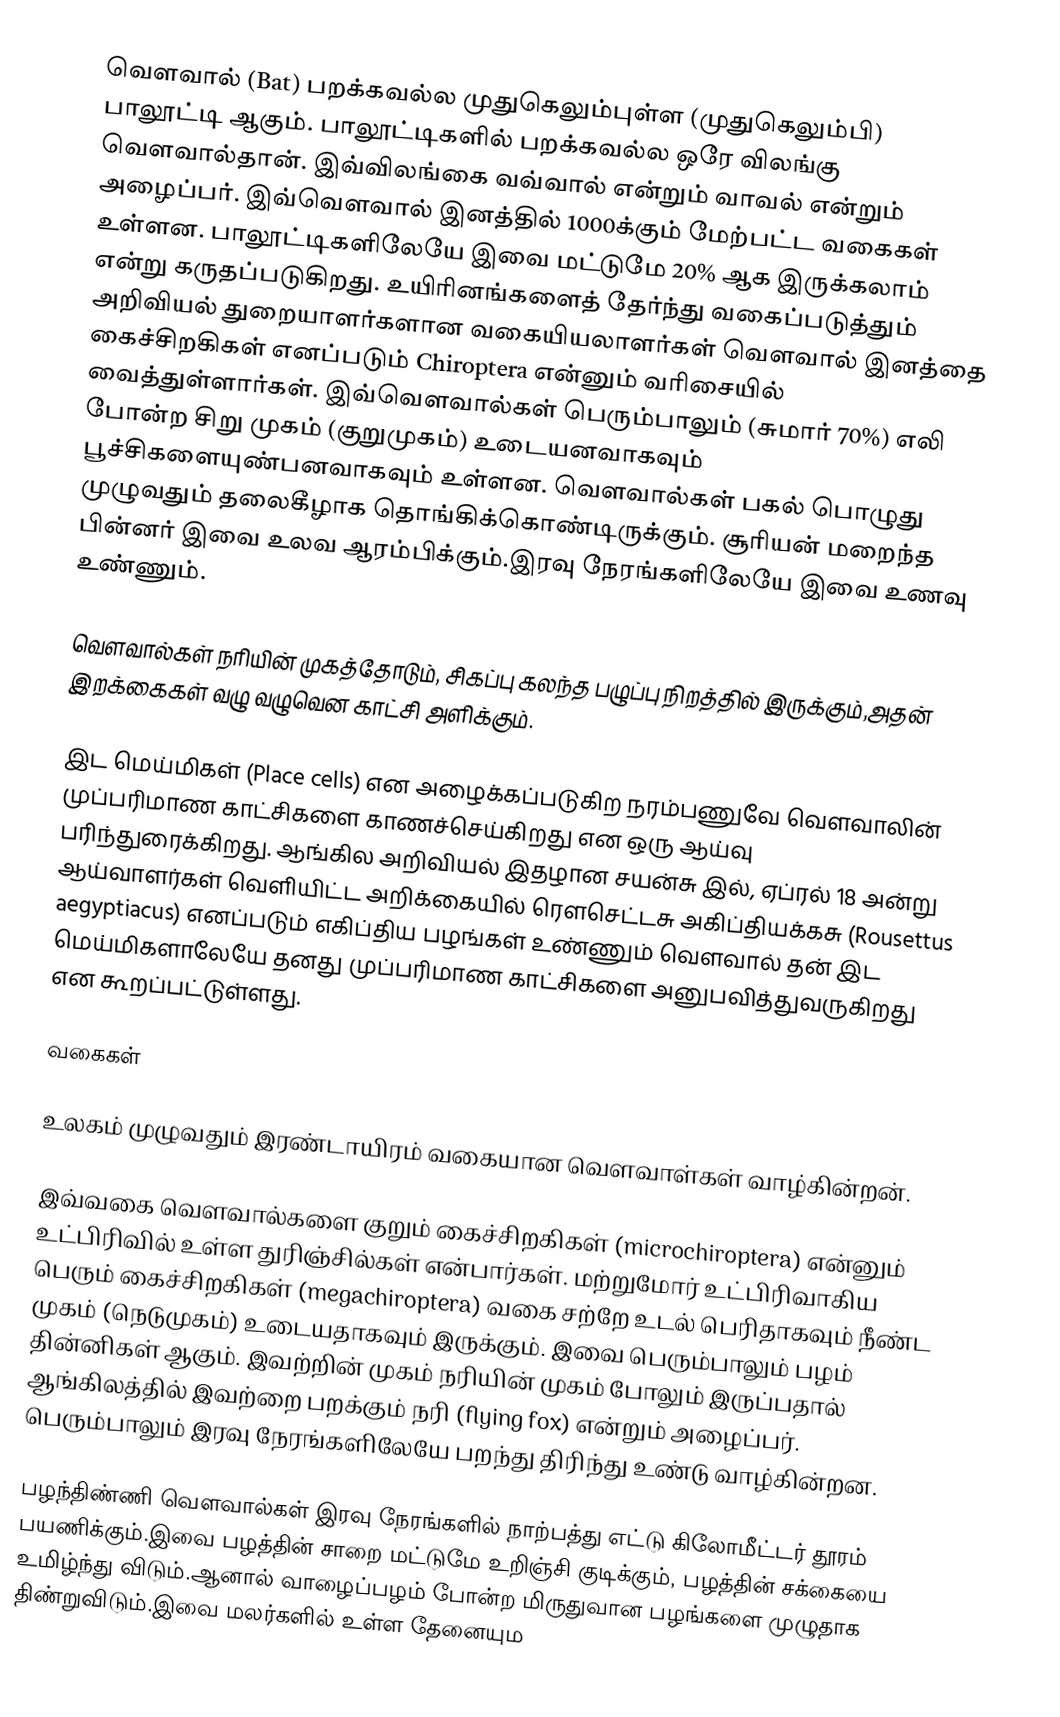
வௌவால் (Bat) பறக்கவல்ல முதுகெலும்புள்ள (முதுகெலும்பி) பாலூட்டி ஆகும். பாலூட்டிகளில் பறக்கவல்ல ஒரே விலங்கு வௌவால்தான். இவ்விலங்கை வவ்வால் என்றும் வாவல் என்றும் அழைப்பர். இவ்வௌவால் இனத்தில் 1000க்கும் மேற்பட்ட வகைகள் உள்ளன. பாலூட்டிகளிலேயே இவை   மட்டுமே 20% ஆக இருக்கலாம் என்று கருதப்படுகிறது. உயிரினங்களைத் தேர்ந்து வகைப்படுத்தும் அறிவியல் துறையாளர்களான வகையியலாளர்கள் வௌவால் இனத்தை கைச்சிறகிகள் எனப்படும் Chiroptera என்னும் வரிசையில் வைத்துள்ளார்கள். இவ்வௌவால்கள் பெரும்பாலும் (சுமார் 70%) எலி போன்ற சிறு முகம் (குறுமுகம்) உடையனவாகவும் பூச்சிகளையுண்பனவாகவும் உள்ளன. வௌவால்கள் பகல் பொழுது முழுவதும் தலைகீழாக தொங்கிக்கொண்டிருக்கும். சூரியன் மறைந்த பின்னர் இவை உலவ ஆரம்பிக்கும்.இரவு நேரங்களிலேயே இவை உணவு உண்ணும்.

வௌவால்கள் நரியின் முகத்தோடும், சிகப்பு கலந்த பழுப்பு நிறத்தில் இருக்கும்,அதன் இறக்கைகள் வழு வழுவென காட்சி அளிக்கும்.

இட மெய்மிகள் (Place cells) என அழைக்கப்படுகிற நரம்பணுவே வெளவாலின் முப்பரிமாண காட்சிகளை காணச்செய்கிறது என ஒரு ஆய்வு பரிந்துரைக்கிறது.  ஆங்கில அறிவியல் இதழான சயன்சு இல், ஏப்ரல் 18 அன்று ஆய்வாளர்கள் வெளியிட்ட அறிக்கையில் ரெளசெட்டசு அகிப்தியக்கசு (Rousettus aegyptiacus) எனப்படும் எகிப்திய பழங்கள் உண்ணும் வெளவால் தன் இட மெய்மிகளாலேயே தனது முப்பரிமாண காட்சிகளை அனுபவித்துவருகிறது என கூறப்பட்டுள்ளது.

வகைகள்

உலகம் முழுவதும் இரண்டாயிரம் வகையான வௌவாள்கள் வாழ்கின்றன்.

இவ்வகை வௌவால்களை குறும் கைச்சிறகிகள் (microchiroptera) என்னும் உட்பிரிவில் உள்ள துரிஞ்சில்கள் என்பார்கள். மற்றுமோர் உட்பிரிவாகிய பெரும் கைச்சிறகிகள் (megachiroptera) வகை சற்றே உடல் பெரிதாகவும் நீண்ட முகம் (நெடுமுகம்) உடையதாகவும் இருக்கும். இவை பெரும்பாலும் பழம் தின்னிகள் ஆகும். இவற்றின் முகம் நரியின் முகம் போலும் இருப்பதால் ஆங்கிலத்தில் இவற்றை பறக்கும் நரி (flying fox) என்றும் அழைப்பர். பெரும்பாலும் இரவு நேரங்களிலேயே பறந்து திரிந்து உண்டு வாழ்கின்றன.

பழந்திண்ணி வௌவால்கள் இரவு நேரங்களில் நாற்பத்து எட்டு கிலோமீட்டர் தூரம் பயணிக்கும்.இவை பழத்தின் சாறை மட்டுமே உறிஞ்சி குடிக்கும், பழத்தின் சக்கையை உமிழ்ந்து விடும்.ஆனால் வாழைப்பழம் போன்ற மிருதுவான பழங்களை முழுதாக திண்றுவிடும்.இவை மலர்களில் உள்ள தேனையும